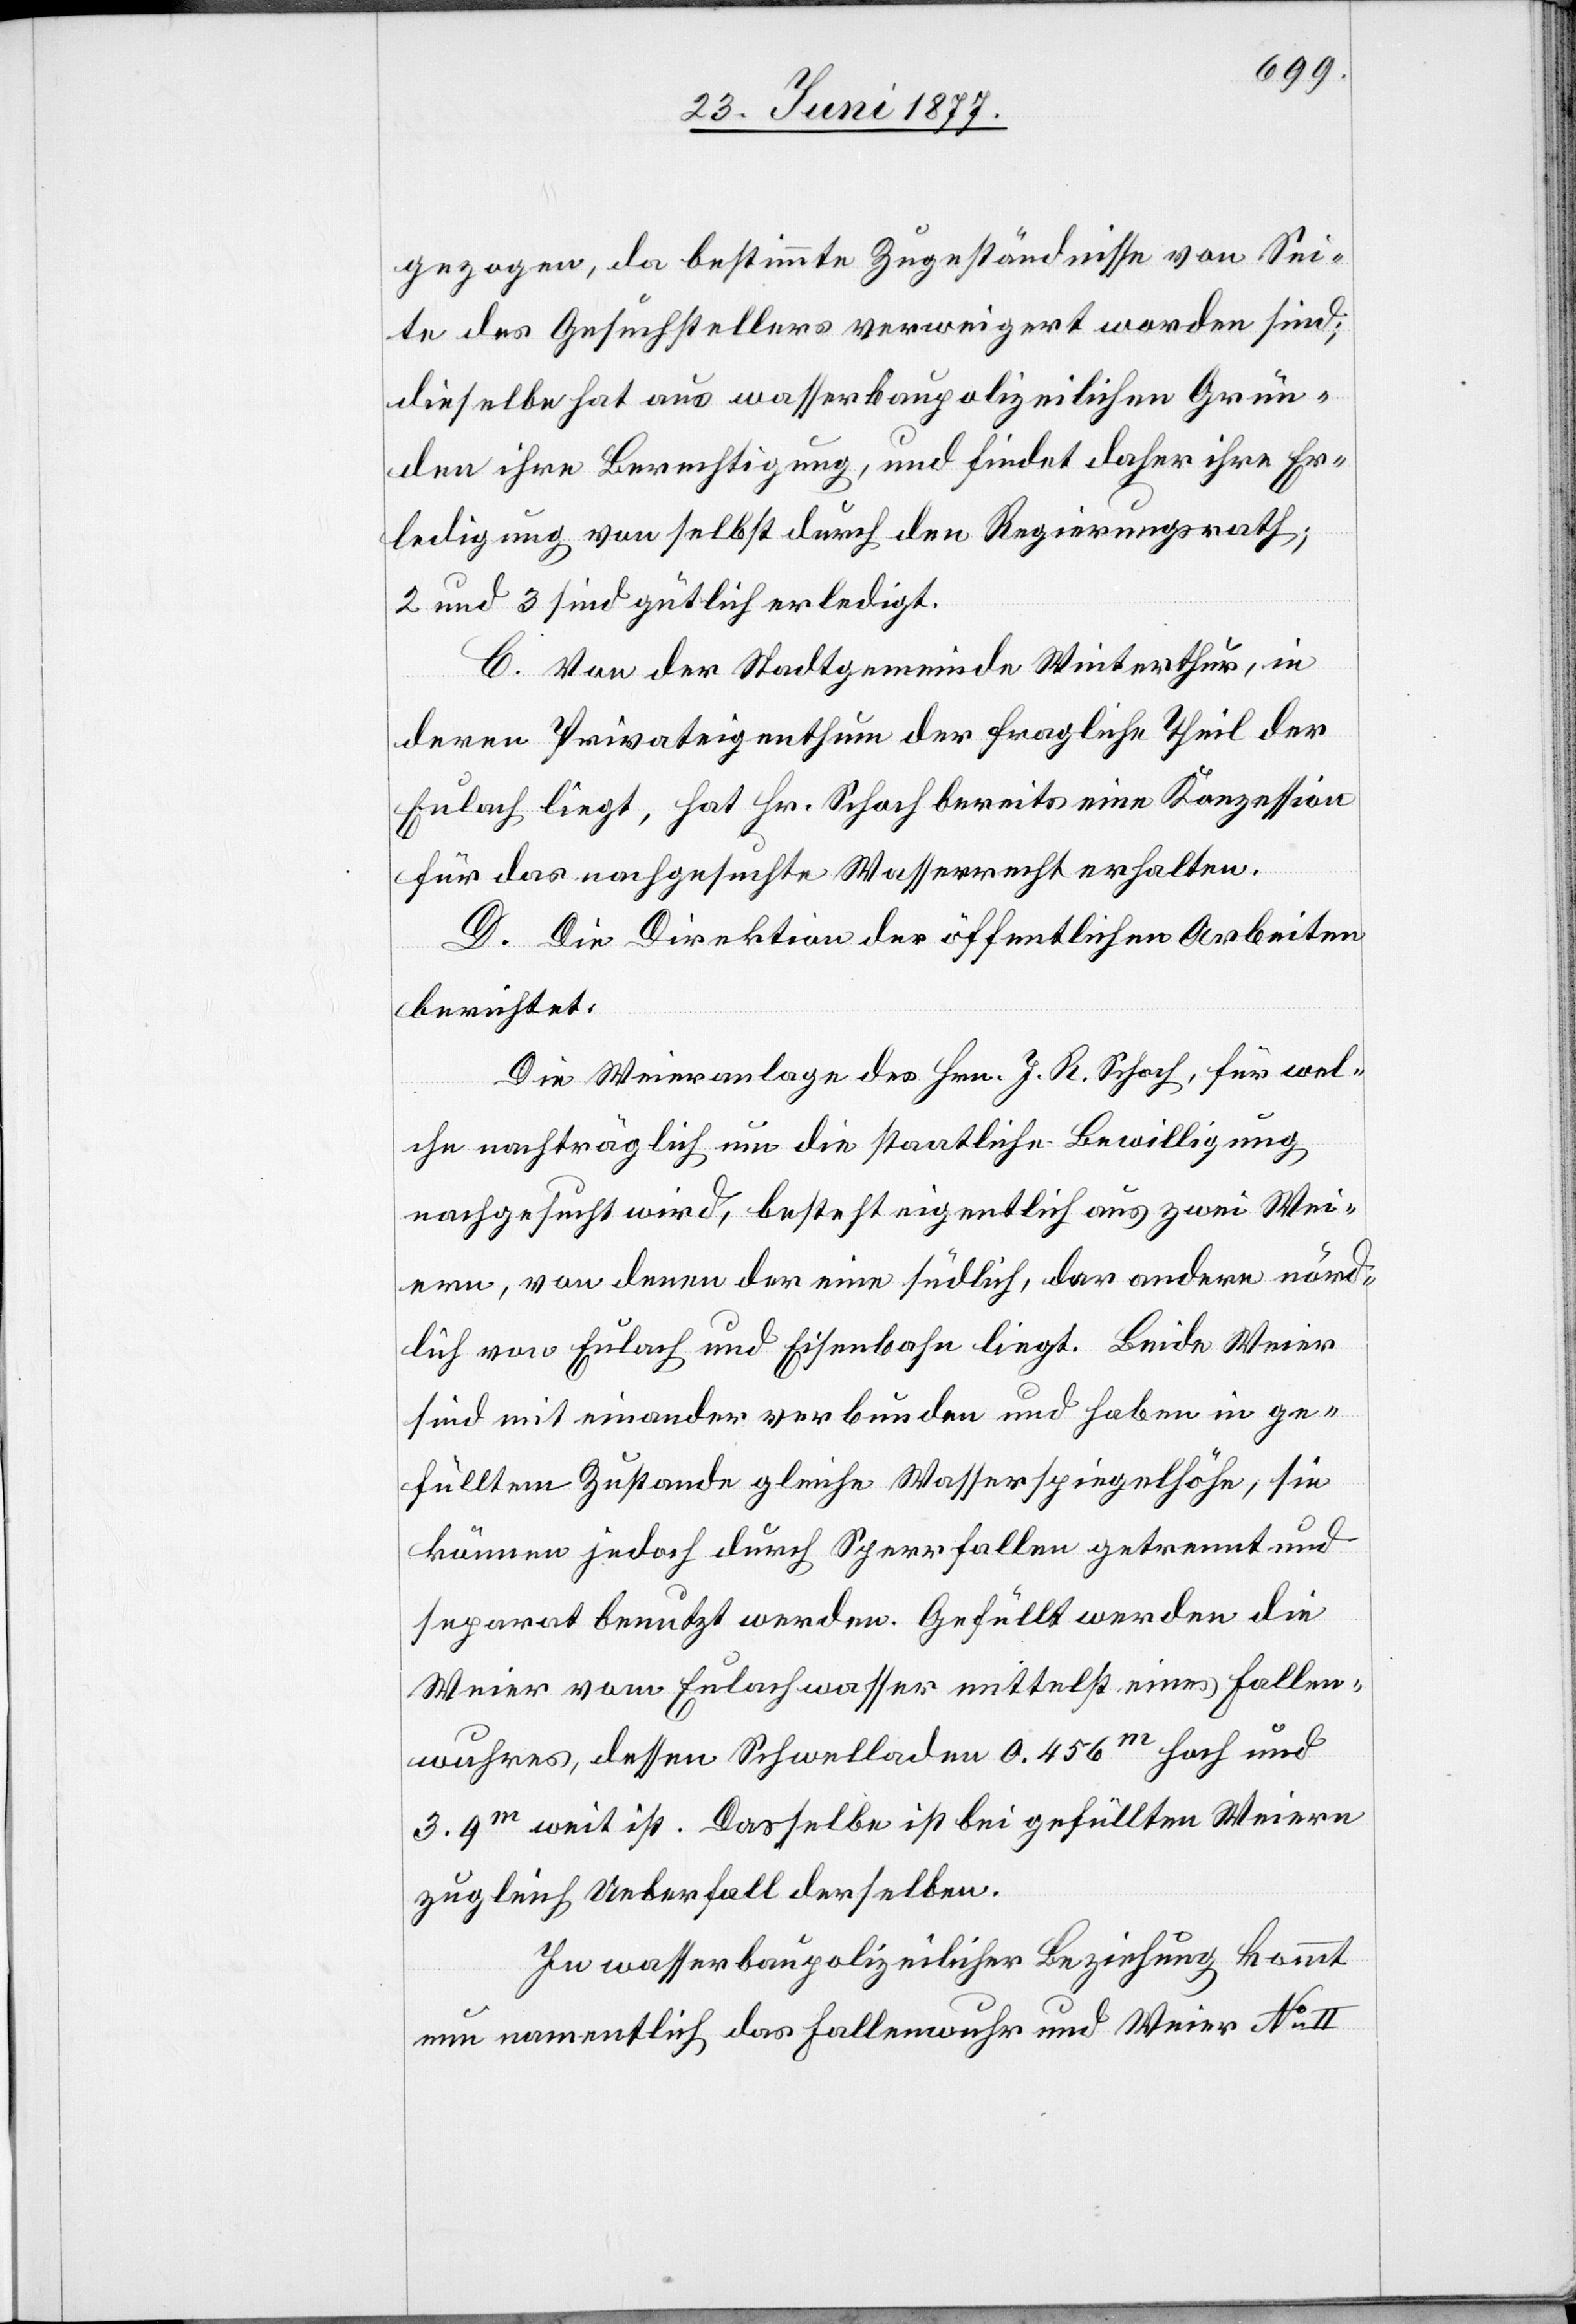
gezogen, da bestimmte Zugeständnisse von Sei¬
te des Gesuchstellers verweigert worden sind;
dieselbe hat aus wasserbaupolizeilichen Grün¬
den ihre Berechtigung, und findet daher ihre Er¬
ledigung von selbst durch den Regierungsrath;
2 und 3 sind gütlich erledigt.
C. Von der Stadtgemeinde Winterthur, in
deren Privateigenthum der fragliche Theil der
Eulach liegt, hat Hr. Schoch bereits eine Konzession
für das nachgesuchte Wasserrecht erhalten.
D. Die Direktion der öffentlichen Arbeiten
berichtet:
Die Weieranlage des Hrn. J. R. Schoch, für wel¬
che nachträglich um die staatliche Bewilligung
nachgesucht wird, besteht eigentlich aus zwei Wei¬
ern, von denen der eine südlich, der andere nörd¬
lich von Eulach und Eisenbahn liegt. Beide Weier
sind mit einander verbunden und haben in ge¬
fülltem Zustande gleiche Wasserspiegelhöhe, sie
können jedoch durch Sperrfallen getrennt und
separat benutzt werden. Gefüllt werden die
Weier vom Eulachwasser mittelst eines Fallen¬
wuhres, dessen Schwelladen 0.456m hoch und
3.9m weit ist. Dasselbe ist bei gefüllten Weiern
zugleich Ueberfall derselben.
In wasserbaupolizeilicher Beziehung kommt
nun namentlich das Fallenwuhr und Weier No II